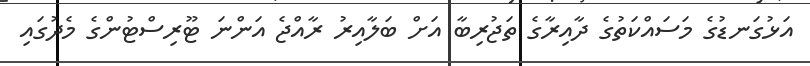
އަޅުގަނޑުގެ މަސައްކަތުގެ ދާއިރާގެ ތަޖުރިބާ އަށް ބަލާއިރު ރާއްޖެ އަންނަ ޓޫރިސްޓުންގެ މެދުގައި